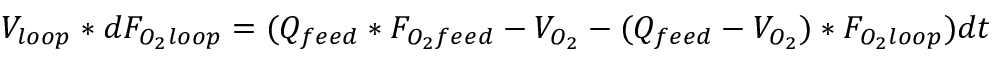
V _ { l o o p } * d F _ { O _ { 2 } l o o p } = ( Q _ { f e e d } * F _ { O _ { 2 } f e e d } - V _ { O _ { 2 } } - ( Q _ { f e e d } - V _ { O _ { 2 } } ) * F _ { O _ { 2 } l o o p } ) d t